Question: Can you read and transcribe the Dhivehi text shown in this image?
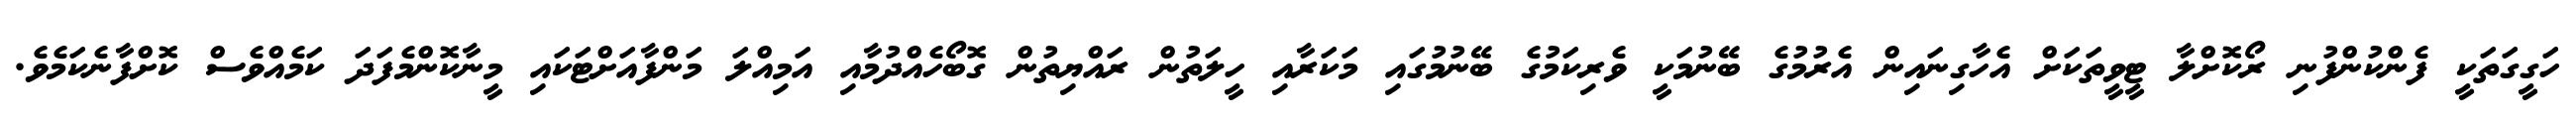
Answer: ހަގީގަތަކީ ފެންކުންފުނި ރޯކޮށްލާ ޓީވީތަކަށް އެހާގިނައިން އެރުމުގެ ބޭނުމަކީ ވެރިކަމުގެ ބޭނުމުގައި މަކަރާއި ހީލަތުން ރައްޔިތުން ގޮބޯހެއްދުމާއި އަމިއްލަ މަންފާއަށްޓަކައި މީނާކޮންމެފަދަ ކަމެއްވެސް ކޮށްފާނެކަމެވެ.